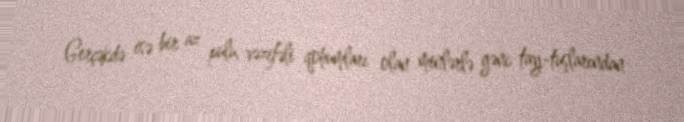
Gerçəkdə isə bir az pulu, vəzifəli qohumları olan minlərlə gənc tay-tuşlarından